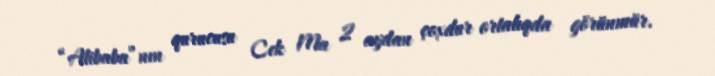
“Alibaba”nın qurucusu Cek Ma 2 aydan çoxdur ortalıqda görünmür.